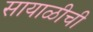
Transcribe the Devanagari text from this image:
सायाळीची